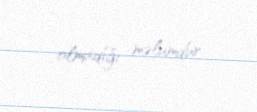
olmadığı məlumdur.